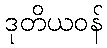
ဒုတိယဝန်